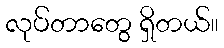
လုပ်တာတွေ ရှိတယ်။